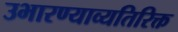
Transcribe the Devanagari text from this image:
उभारण्याव्यतिरिक्त